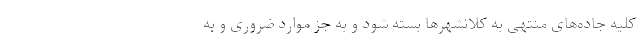
کلیه جاده‌های منتهی به کلانشهرها بسته شود و به جز موارد ضروری و به